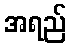
အရည်